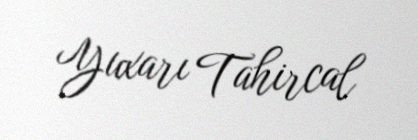
Yuxarı Tahircal